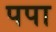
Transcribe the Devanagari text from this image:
पपा